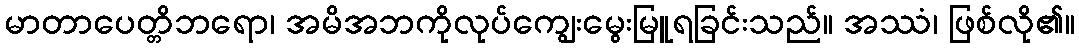
မာတာပေတ္တိဘရော၊ အမိအဘကိုလုပ်ကျွေးမွေးမြူရခြင်းသည်။ အဿံ၊ ဖြစ်လို၏။